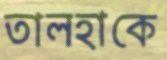
তালহাকে